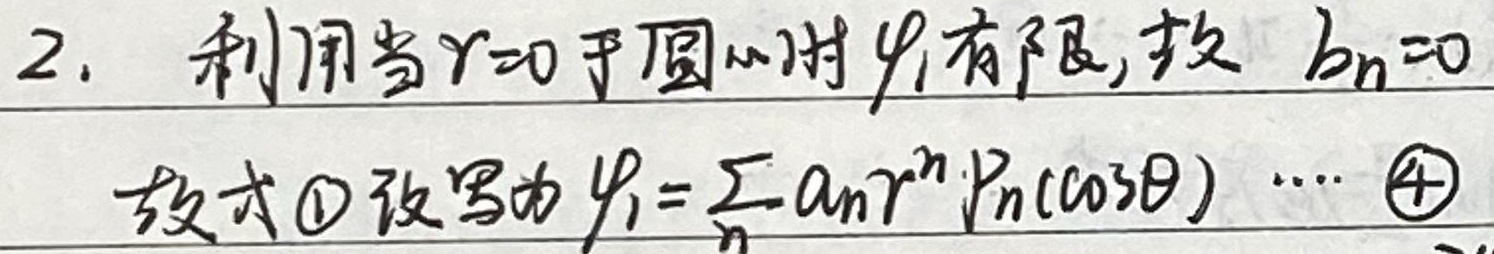
2. 利用当\(r = 0\)于圆心时\(\varphi_1\)有限，故 \(b_n = 0\)。故式\textcircled{1}改写为
\[\varphi_1=\sum_{n}a_nr^{n}P_n(\cos\theta)\cdots\] \textcircled{4}